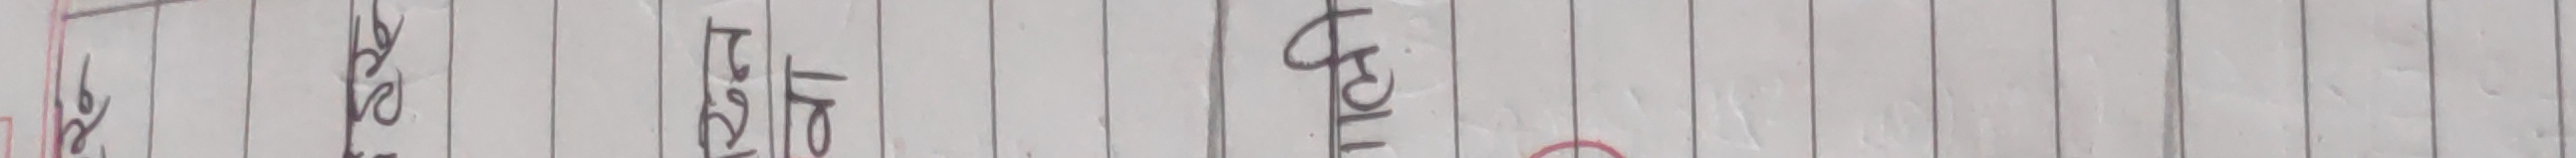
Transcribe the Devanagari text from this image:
च्य नेपाली अंग्रेजी गणित